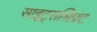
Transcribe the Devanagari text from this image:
साइट्सश्रिफ़्ट